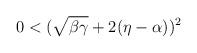
LaTeX: \begin{align*}0<(\sqrt{\beta\gamma}+2(\eta-\alpha))^2\end{align*}